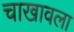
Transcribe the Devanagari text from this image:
चाखावला